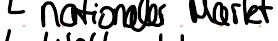
nationaler Markt